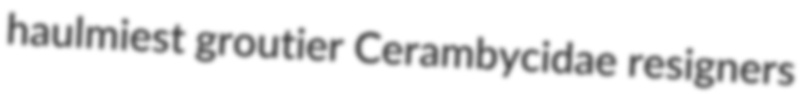
haulmiest groutier Cerambycidae resigners